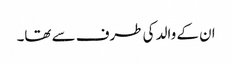
ان کے والد کی طرف سے تھا۔